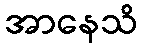
အာနေသိ